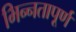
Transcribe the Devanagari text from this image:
भिन्‍नतापूर्ण